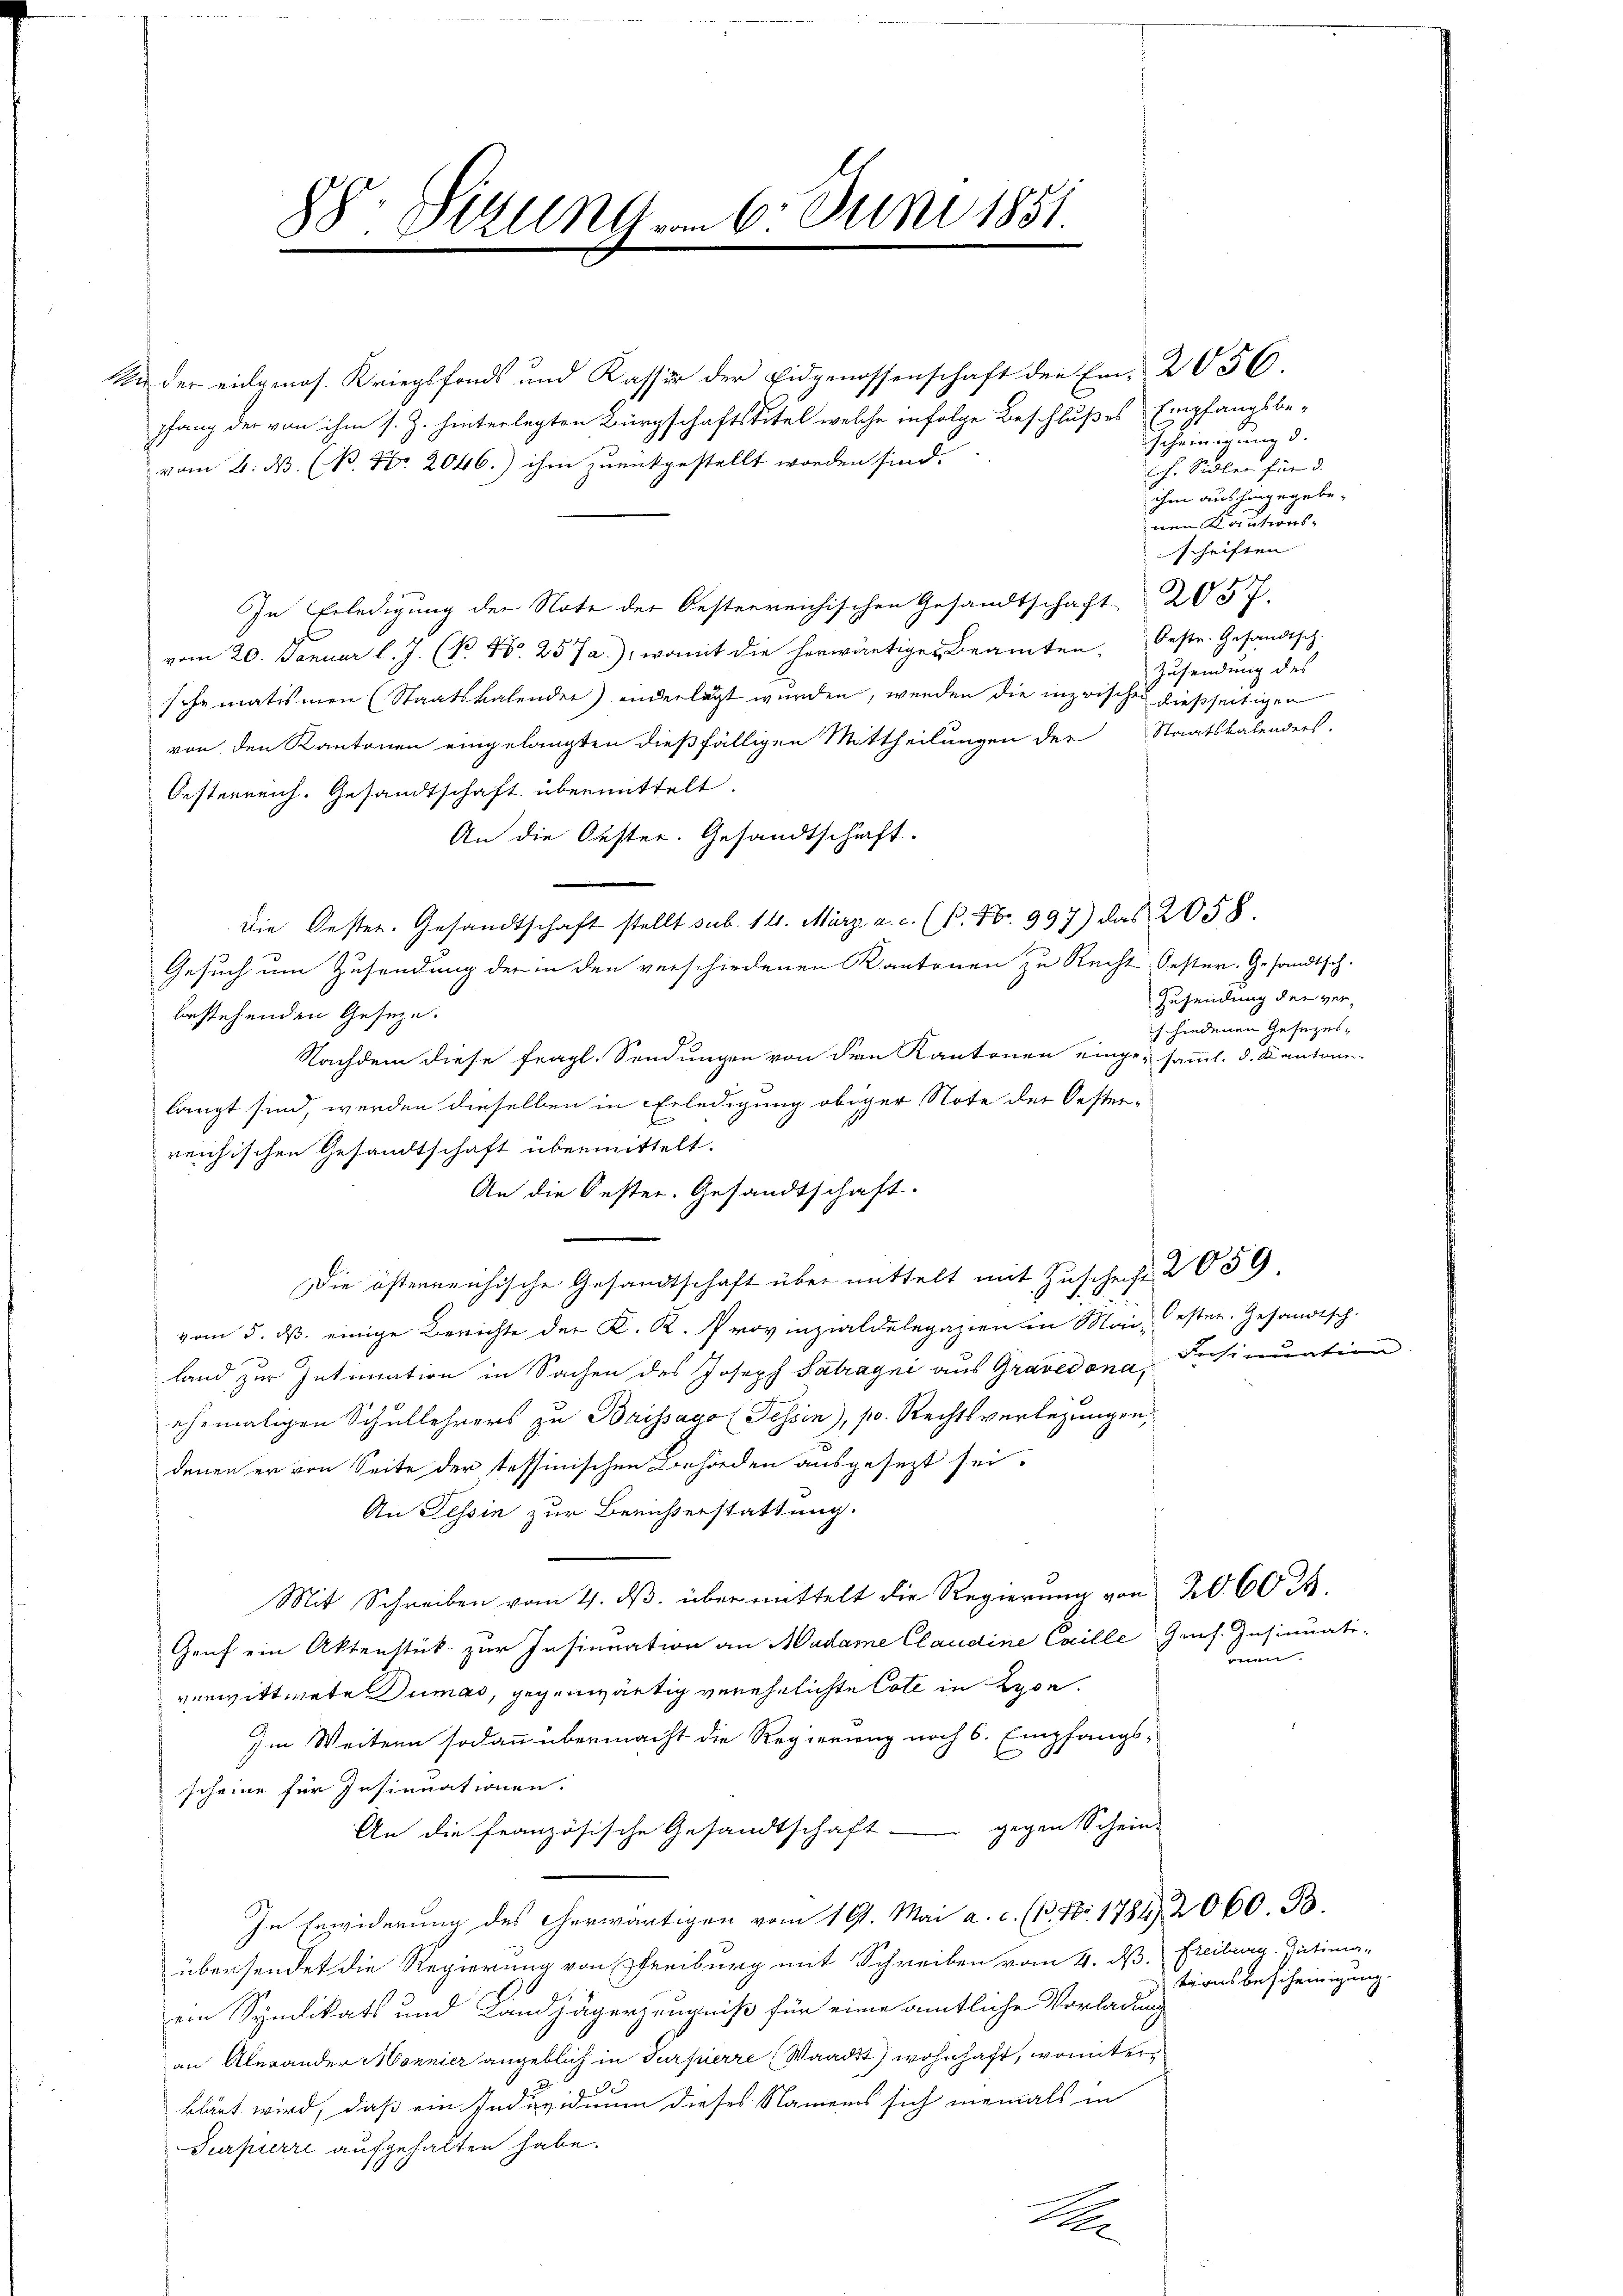
N

88. Sizung vom 6. Juni 1851.

n der eidgenos. Kriegsfonds und Kasser der Eidgenossenschaft der Ei-2056.
pfang der von ihm s. Z. hinterlegten Bürgschafts Titel welche infolge Beschlußes Empfangsbe-
vom 4. d. (B. No. 2046.) ihm zurückgestellt worden sind.
In Erledigung der Note der Oesterreichischen Gesandtschaft 2057.
vom 20. Januar l. J. (N. N. 257 a.), womit die herwärtiger Beamten, beste. Gesandtsch.
schematismen (Staatskalender) anderlegt wurden, werden die inzwischen dießseitigen
von den Kantonen eingelangten dießfälligen Mittheilungen der Staatskalenders,
Oesterreich. Gesandtschaft übermittelt.
An die Oester. Gesandtschaft.
Die Oester. Gesandtschaft stellt sub. 14. März a. c. (P. Nr. 997) das 2058.
Gesuch um Zusendung der in den verschiedenen Kantonen zu Recht Oester. Gesandtsch.
bestehenden Gesezen.
Nachdem diese fragl. Sendungen von den Kantonen eingesamml. d. Kantone
langt sind, werden dieselben in Erledigung obiger Note der Oester-
reichischen Gesandtschaft übermittelt.
An die Oester. Gesandtschaft.
Die östernrichische Gesandtschaft über mittelt mit Zuschrift 2059
vom 5. ds. einige Berichte der K. K. Provinzialdelegazien in Man, esten. Gesandtsch-
land zur Intimation in Sachen des Joseph Satragni aus Gravedona, Insinuation
ehemaligen Schullehrers zu Brissago (Tessin), po. Rechtsverlegungen,
denen er von Seite der tessinischen Behörden ausgesezt sei.
An Tessin zur Berichterstattung.
Mit Schreiben vom 4. ds. über mittelt die Regierung von 2000 M.
Genf ein Aktenstück zur Insinuation an Madame Claudine Caille Gras. Insinuate
verwittwete Dumas, gegenwärtig verehelichte Coll in Lyon.
Im Weitern sodann übermacht die Regierung noch 6. Empfangs-
scheine für Insinuationen.
An die französische Gesandtschaft gegen Schein-
In Erwiderung des Cherwärtigen vom 19. Mai a. c. (13. No. 1784. 2060. B.
übersendet die Regierung von Freiburg mit Schreiben vom 4. ds. Freiburg. Intima
ein Syndikats und Landjägerzeugniß für eine amtliche Vorladung
an Alerander Monnier angeblich in Turpierre Waadt) wohnhaft, wonnter
klärt wird, daß ein Individuum dieses Namens sich niemals in
Purpurri aufgehalten habe.

A

Scheinigung d.
Ch. Sidler für d.
ihm aushingegebe.
nen Kautions-
schriften |
Zusendung des

Zusendung der verschiedenen Gesezes¬

onen.

tionsbescheinigung.